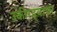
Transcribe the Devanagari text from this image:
उकीरड्यावर